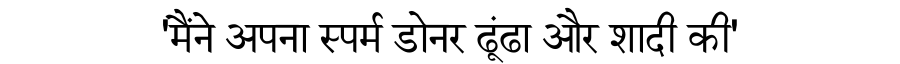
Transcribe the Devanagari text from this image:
'मैंने अपना स्पर्म डोनर ढूंढा और शादी की'